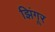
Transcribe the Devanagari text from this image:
झिंगूर